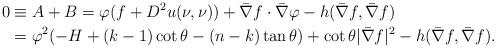
LaTeX: \begin{align*} 0&\equiv A+B =\varphi(f+D^2u(\nu, \nu))+\bar{\nabla} f\cdot \bar{\nabla} \varphi- h(\bar{\nabla} f, \bar{\nabla} f) \\ & =\varphi^2(-H+(k-1)\cot \theta-(n-k) \tan \theta)+ \cot \theta |\bar{\nabla} f|^2 -h(\bar{\nabla} f, \bar{\nabla} f).\end{align*}